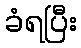
ခံရပြီး